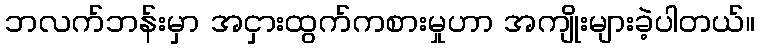
ဘလက်ဘန်းမှာ အငှားထွက်ကစားမှုဟာ အကျိုးများခဲ့ပါတယ်။